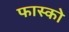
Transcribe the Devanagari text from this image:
फास्को